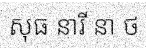
សុធ នារី នា ថ